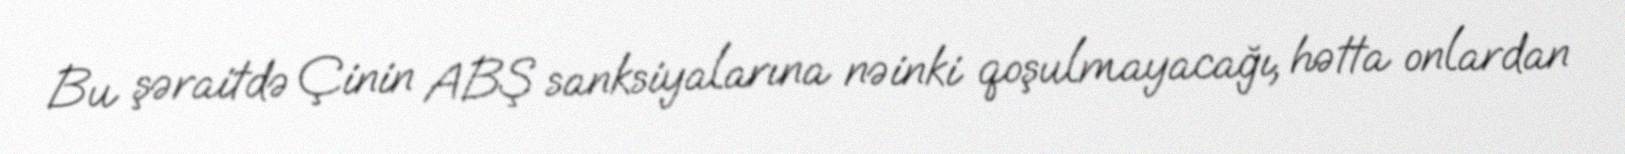
Bu şəraitdə Çinin ABŞ sanksiyalarına nəinki qoşulmayacağı, hətta onlardan